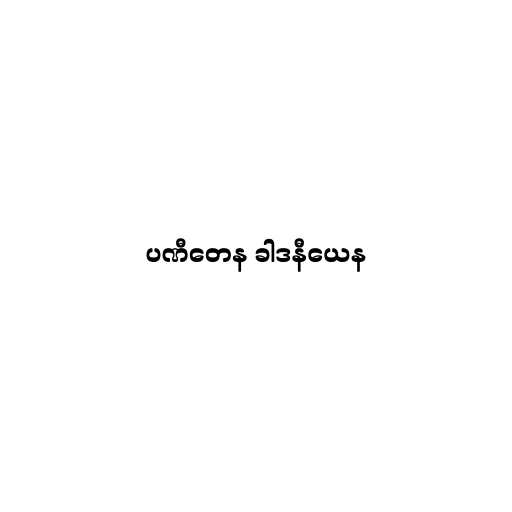
ပဏီတေန ခါဒနီယေန